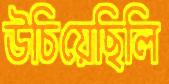
উচিয়েছিলি